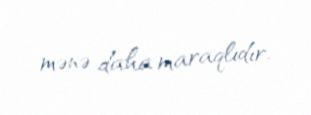
mənə daha maraqlıdır.